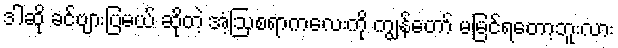
ဒါဆို ခင်ဗျားပြမယ် ဆိုတဲ့ အံ့ဩစရာကလေးကို ကျွန်တော် မမြင်ရတော့ဘူးလား